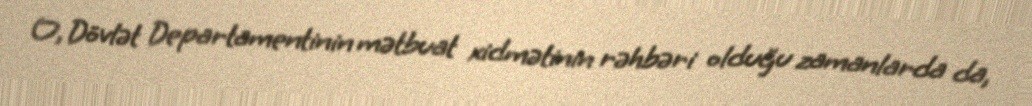
O, Dövlət Departamentinin mətbuat xidmətinin rəhbəri olduğu zamanlarda da,